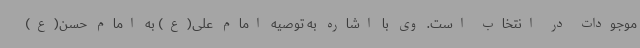
موجودات در انتخاب است. وی با اشاره به توصیه امام علی(ع) به امام حسن(ع)